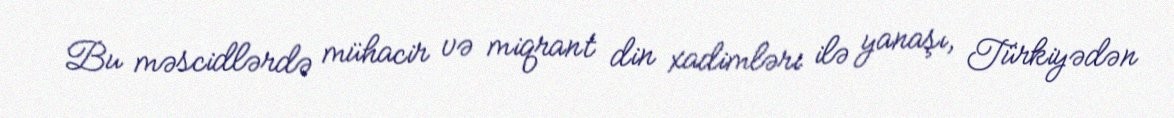
Bu məscidlərdə mühacir və miqrant din xadimləri ilə yanaşı, Türkiyədən